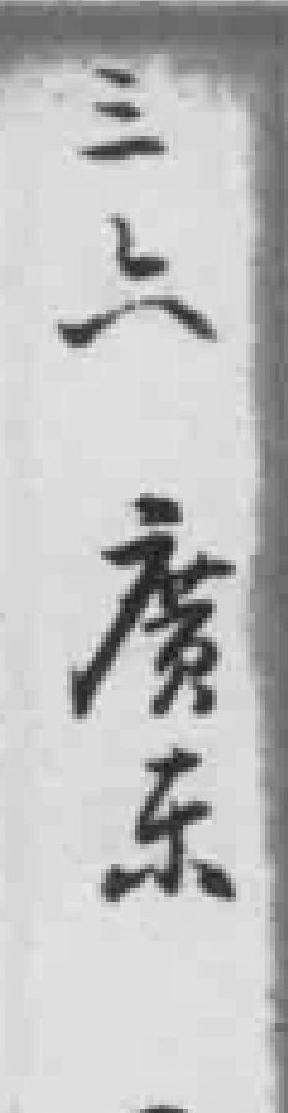
三六廣东